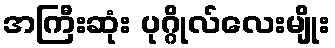
အကြီးဆုံး ပုဂ္ဂိုလ်လေးမျိုး